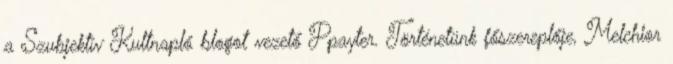
a Szubjektív Kultnapló blogot vezető Ppayter. Történetünk főszereplője, Melchior